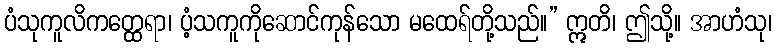
ပံသုကူလိကတ္ထေရာ၊ ပံ့သကူကိုဆောင်ကုန်သော မထေရ်တို့သည်။” ဣတိ၊ ဤသို့။ အာဟံသု၊